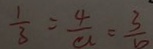
\frac { 1 } { 3 } = \frac { 4 } { a } = \frac { 3 } { b }